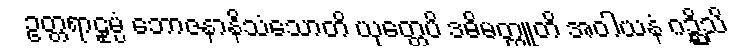
ဥတ္တရာဠုမ္ပံ ဘောဇနာနိသံသောတိ ယုတ္တေပိ ဒဓိမတ္ထူတိ အဝါယနံ ဂဉ္ဆိသိ